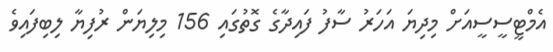
އެމްޓީސީސީއަށް މިދިޔަ އަހަރު ސާފު ފައިދާގެ ގޮތުގައި 156 މިލިޔަން ރުފިޔާ ލިބިފައިވެ